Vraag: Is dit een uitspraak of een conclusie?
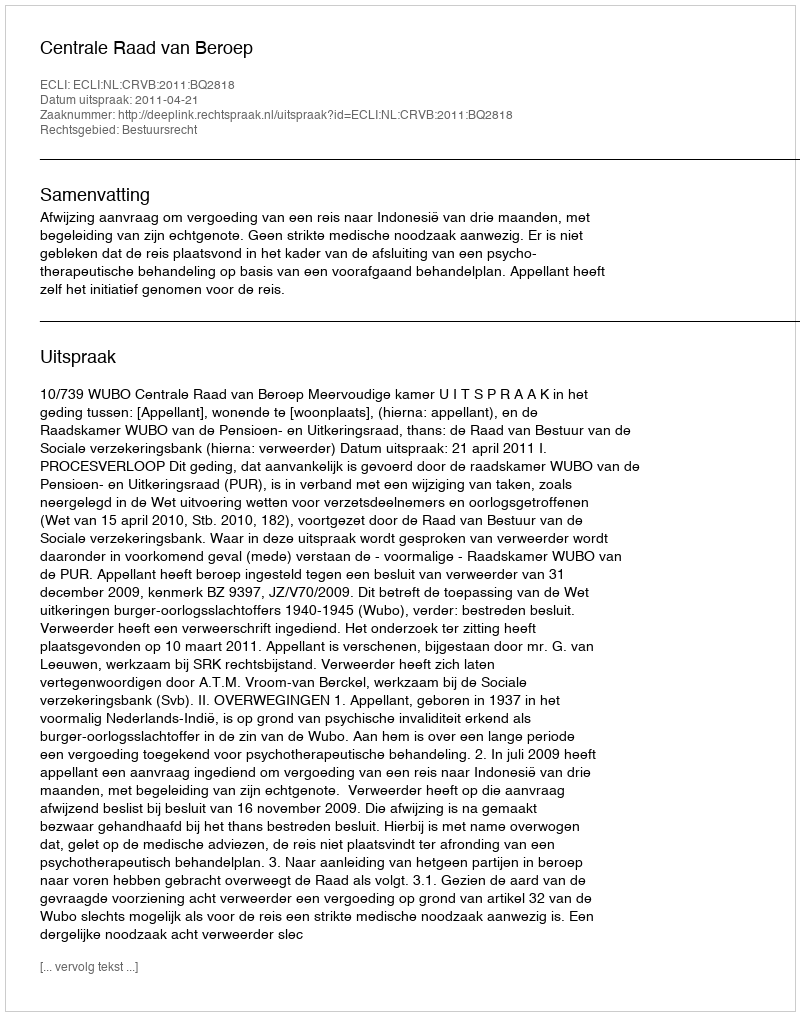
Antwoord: Uitspraak